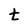
Character: t